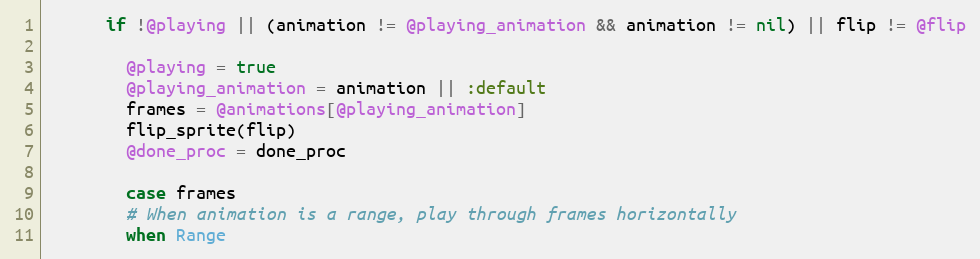
Language: Ruby
      if !@playing || (animation != @playing_animation && animation != nil) || flip != @flip

        @playing = true
        @playing_animation = animation || :default
        frames = @animations[@playing_animation]
        flip_sprite(flip)
        @done_proc = done_proc

        case frames
        # When animation is a range, play through frames horizontally
        when Range